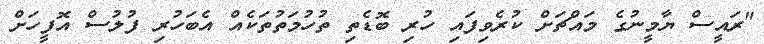
"ރައީސް ޔާމީނުގެ މައްޗަށް ކުރެވިފައި ހުރި ބޮޑެތި ތުހުމަތުތަކެއް އެބަހުރި ފުލުސް އޮފީހަށް